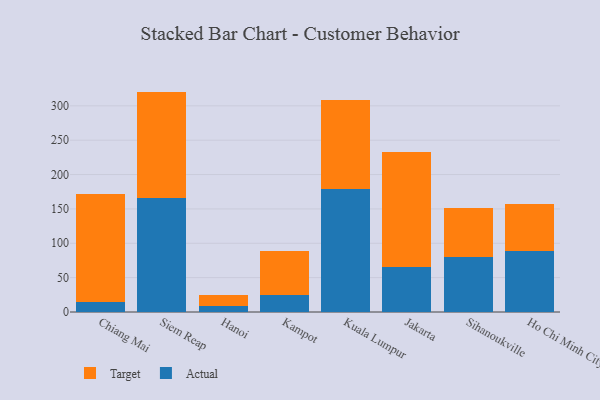
{"axis": {"x": "City", "y": "Shipments"}, "legend": ["Actual", "Target"], "data": [{"x": "Chiang Mai", "y": 14.2, "type": "Actual"}, {"x": "Chiang Mai", "y": 157.0, "type": "Target"}, {"x": "Siem Reap", "y": 166.4, "type": "Actual"}, {"x": "Siem Reap", "y": 154.3, "type": "Target"}, {"x": "Hanoi", "y": 8.3, "type": "Actual"}, {"x": "Hanoi", "y": 15.8, "type": "Target"}, {"x": "Kampot", "y": 25.4, "type": "Actual"}, {"x": "Kampot", "y": 63.6, "type": "Target"}, {"x": "Kuala Lumpur", "y": 179.5, "type": "Actual"}, {"x": "Kuala Lumpur", "y": 129.6, "type": "Target"}, {"x": "Jakarta", "y": 65.2, "type": "Actual"}, {"x": "Jakarta", "y": 167.3, "type": "Target"}, {"x": "Sihanoukville", "y": 79.5, "type": "Actual"}, {"x": "Sihanoukville", "y": 72.2, "type": "Target"}, {"x": "Ho Chi Minh City", "y": 88.3, "type": "Actual"}, {"x": "Ho Chi Minh City", "y": 69.2, "type": "Target"}]}